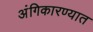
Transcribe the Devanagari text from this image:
अंगिकारण्यात